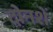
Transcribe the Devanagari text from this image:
दोनशें